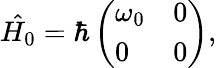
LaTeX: \hat{H_{0}}=\hbar\left(\begin{array}{ll}{\omega_{0}}&{0}\\ {0}&{0}\end{array}\right),